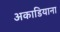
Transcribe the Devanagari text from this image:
अकाडियाना